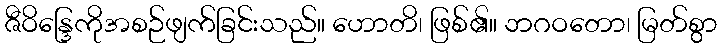
ဇီဝိန္ဒြေကိုအစဉ်ဖျက်ခြင်းသည်။ ဟောတိ၊ ဖြစ်၏။ ဘဂဝတော၊ မြတ်စွာ